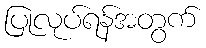
ပြုလုပ်ရန်အတွက်